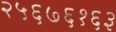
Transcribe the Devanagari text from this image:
२५६७६१६३